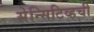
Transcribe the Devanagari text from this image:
सेन्सिटिव्हची